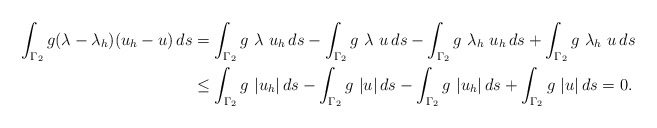
\begin{align*} \int_{\Gamma_2} g(\lambda- \lambda_h) (u_h-u)\, ds & =\int_{\Gamma_2} g \ \lambda \ u_h\, ds - \int_{\Gamma_2} g \ \lambda \ u\,ds -\int_{\Gamma_2} g \ \lambda_h \ u_h\,ds + \int_{\Gamma_2} g \ \lambda_h \ u\,ds\\ & \leq \int_{\Gamma_2} g \ |u_h|\, ds - \int_{\Gamma_2} g \ |u|\,ds -\int_{\Gamma_2} g \ |u_h|\,ds + \int_{\Gamma_2} g \ |u|\,ds = 0.\end{align*}